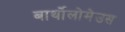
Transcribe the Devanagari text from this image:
बार्थोलोमेउस